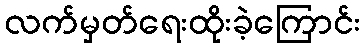
လက်မှတ်ရေးထိုးခဲ့ကြောင်း